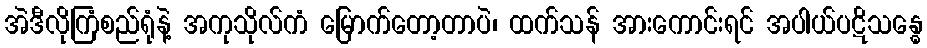
အဲဒီလိုကြံစည်ရုံနဲ့ အကုသိုလ်ကံ မြောက်တော့တာပဲ၊ ထက်သန် အားကောင်းရင် အပါယ်ပဋိသန္ဓေ